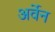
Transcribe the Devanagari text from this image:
अर्वेन